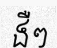
ងឺៗ